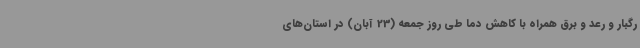
رگبار و رعد و برق همراه با کاهش دما طی روز جمعه (23 آبان) در استان‌های